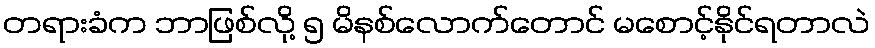
တရားခံက ဘာဖြစ်လို့ ၅ မိနစ်လောက်တောင် မစောင့်နိုင်ရတာလဲ